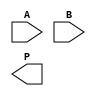
module wallace_tree_multiplier #(parameter N = 4) (
    input  [N-1:0] A,
    input  [N-1:0] B,
    output [2*N-1:0] P
);
    // Partial Products
    wire [N-1:0] pp [0:N-1]; // Partial products
    genvar i, j;
    generate
        for (i = 0; i < N; i = i + 1) begin : pp_gen
            assign pp[i] = A & {N{B[i]}};
        end
    endgenerate

    // Wallace Tree Reduction
    wire [N+1:0] sum [0:N-1]; // Sum outputs
    wire [N+1:0] carry [0:N-1]; // Carry outputs

    // Stage 1: Combine partial products
    generate
        for (i = 0; i < N; i = i + 1) begin : stage1
            if (i < N-1) begin
                // Combine three bits into two bits
                assign {carry[i][0], sum[i][0]} = pp[i][0] + pp[i][1] + pp[i][2];
                assign {carry[i][1], sum[i][1]} = pp[i][3] + pp[i][4] + pp[i][5];
            end else begin
                // Last stage handling
                assign {carry[i][0], sum[i][0]} = pp[i][0] + pp[i][1] + pp[i][2];
            end
        end
    endgenerate

    // Stage 2: Further reduction
    wire [N+1:0] final_sum, final_carry;
    assign {final_carry, final_sum} = sum[0] + sum[1] + sum[2]; // example for 3 groups

    // Final addition stage
    assign P = final_sum + final_carry;

endmodule